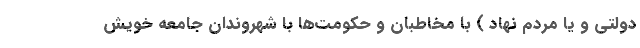
دولتی و یا مردم نهاد ) با مخاطبان و حکومت‌ها با شهروندان جامعه خویش